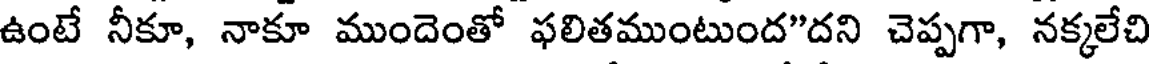
ఉంటే నీకూ, నాకూ ముందెంతో ఫలితముంటుంద"దని చెప్పగా, నక్కలేచి